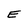
Character: E